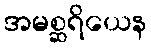
အမစ္ဆရိယေန